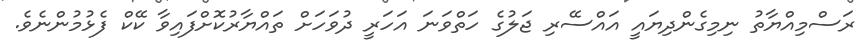
ރަސްމިއްޔާތު ނިމިގެންދިޔައީ އައްސޭރި ޖަލުގެ ހަތްވަނަ އަހަރީ ދުވަހަށް ތައްޔާރުކޮށްފައިވާ ކޭކް ފެޅުމުންނެވެ.